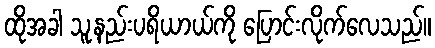
ထိုအခါ သူ့နည်းပရိယာယ်ကို ပြောင်းလိုက်လေသည်။